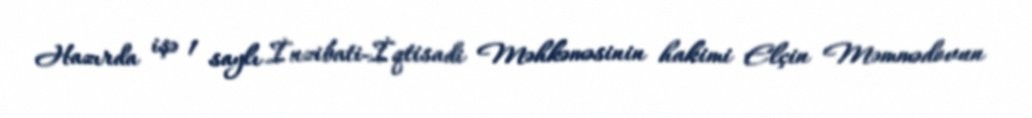
Hazırda işə 1 saylı İnzibati-İqtisadi Məhkəməsinin hakimi Elçin Məmmədovun